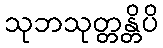
သုဘသုတ္တန္တိပိ